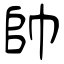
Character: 帥